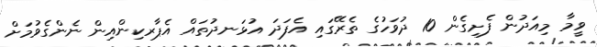
ވީމާ މިއަދުން ފެށިގެން 10 ދުވަހުގެ ތެރޭގައި އެފަދަ އުޅަނދުތައް އެޕާރކިންއިން ނެންގެވުމަށް